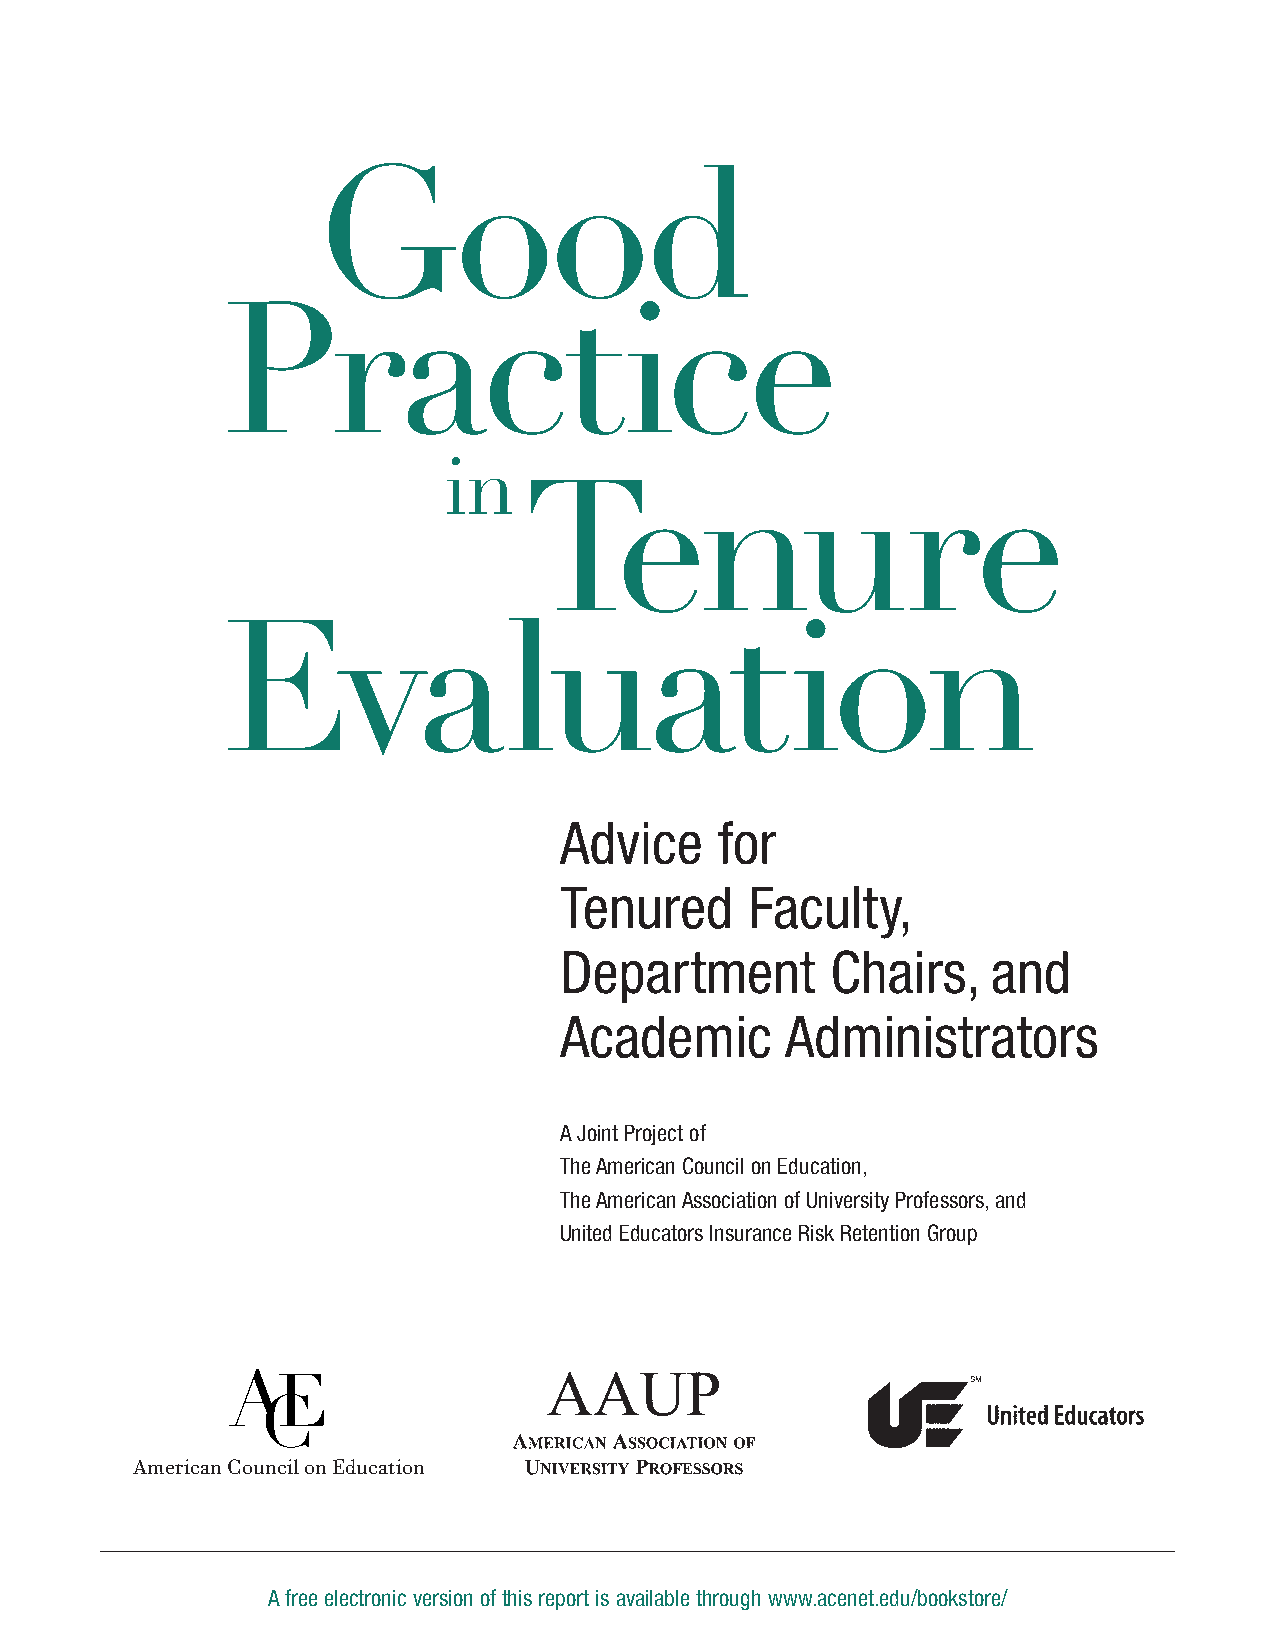
Good
 Practice
 in
 Tenure
 Evaluation
 Advice     for
 Tenured      Faculty,
 Department        Chairs,    and
 Academic       Administrators
 A Joint Project of
 The American Council on Education,
 The American Association of University Professors,and
 United Educators Insurance Risk Retention Group
 American Council on Education
 A free electronic version of this report is available through www.acenet.edu/bookstore/